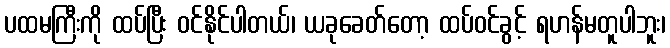
ပထမကြီးကို ထပ်ပြီး ဝင်နိုင်ပါတယ်၊ ယခုခေတ်တော့ ထပ်ဝင်ခွင့် ရဟန်မတူပါဘူး၊